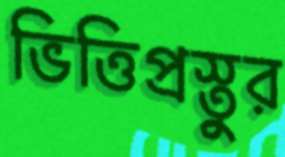
ভিত্তিপ্রস্তুর